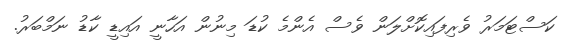
ކަސްޓަމަރު ވެރިފައިކޮށްލަން ވެސް އެންމެ ކުޑަ މިނުން އަހާނީ އައިޑީ ކާޑު ނަމްބަރު.